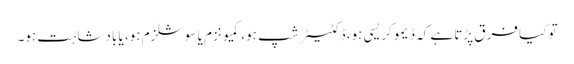
تو کیا فرق پڑتا ہے کہ ڈیموکریسی ہو، ڈکٹیٹر شپ ہو، کمیونزم یا سوشلزم ہو، یا بادشاہت ہو۔